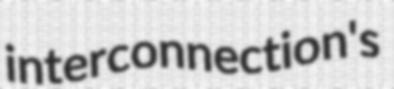
interconnection's